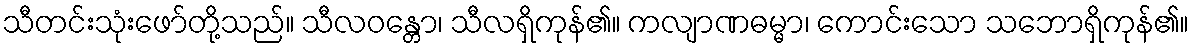
သီတင်းသုံးဖော်တို့သည်။ သီလဝန္တော၊ သီလရှိကုန်၏။ ကလျာဏဓမ္မာ၊ ကောင်းသော သဘောရှိကုန်၏။